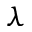
\lambda